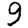
Digit: 9